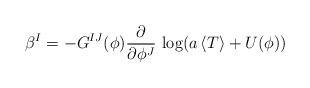
LaTeX: \begin{align*}\beta^I = - G^{IJ}(\phi) {\partial \over \partial \phi^J} \, \log({a \, \langle T\rangle + U(\phi)}) \end{align*}